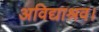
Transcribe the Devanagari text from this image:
अविद्याश्रव।